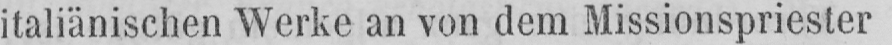
italiänischen Werke an von dem Missionspriester